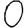
Digit: 0